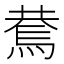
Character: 𰟑